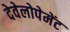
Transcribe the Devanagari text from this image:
देवेलोपेमेंट